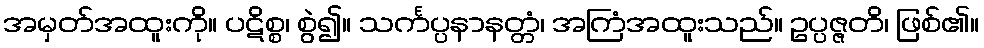
အမှတ်အထူးကို။ ပဋိစ္စ၊ စွဲ၍။ သင်္ကပ္ပနာနတ္တံ၊ အကြံအထူးသည်။ ဥပ္ပဇ္ဇတိ၊ ဖြစ်၏။